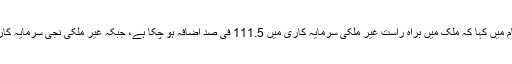
وزیراعظم عمران خان نے اپنے پیغام میں کہا کہ ملک میں براہ راست غیر ملکی سرمایہ کاری میں 111.5 فی صد اضافہ ہو چکا ہے، جبکہ غیر ملکی نجی سرمایہ کاری میں 194 فی صد اضافہ ہوا ہے۔